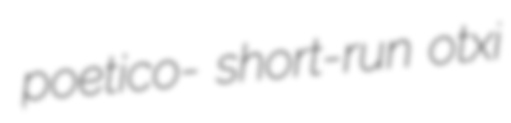
poetico- short-run otxi